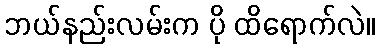
ဘယ်နည်းလမ်းက ပို ထိရောက်လဲ။